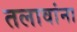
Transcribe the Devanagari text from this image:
तलावांना